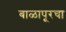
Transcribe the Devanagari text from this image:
बाळापूरचा